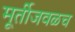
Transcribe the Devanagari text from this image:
मूर्तीजवळच